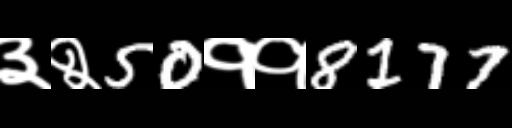
Text: ३२50११8177